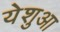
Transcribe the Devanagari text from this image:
येशुआ